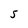
Character: 5